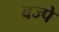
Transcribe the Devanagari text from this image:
बज्पे